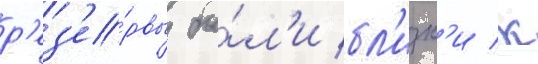
р'ез'е́рвы бы́л'и бл'изк'и к